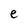
Character: e